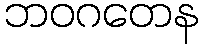
ဘဝဂတေန